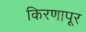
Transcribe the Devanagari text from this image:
किरणापूर